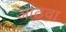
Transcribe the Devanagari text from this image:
आंठवा